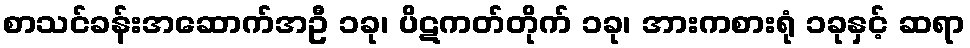
စာသင်ခန်းအဆောက်အဦ ၁ခု၊ ပိဋကတ်တိုက် ၁ခု၊ အားကစားရုံ ၁ခုနှင့် ဆရာ